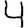
Digit: 4